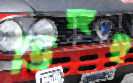
ডিঙ্গই